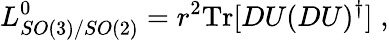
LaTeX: L_{SO(3)/SO(2)}^{0}={r}^{2}\mathrm{Tr}[DU(DU)^{\dagger}]\; ,